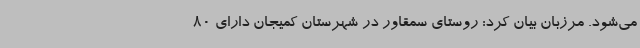
می‌شود. مرزبان بیان کرد: روستای سمقاور در شهرستان کمیجان دارای 80